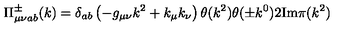
\Pi _ { \mu \nu a b } ^ { \pm } ( k ) = \delta _ { a b } \left( - g _ { \mu \nu } k ^ { 2 } + k _ { \mu } k _ { \nu } \right) \theta ( k ^ { 2 } ) \theta ( \pm k ^ { 0 } ) 2 \mathrm { I m } \pi ( k ^ { 2 } )